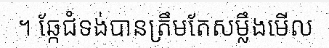
។ ឆ្កែជំទង់បានត្រឹមតែសម្លឹងមើល